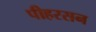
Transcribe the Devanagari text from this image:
पीहरसन